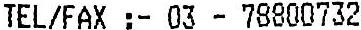
TEL/FAX :- 03 - 78800732